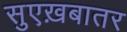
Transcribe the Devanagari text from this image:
सुएख़बातर